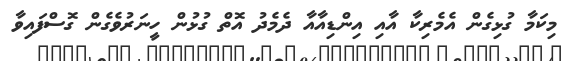
މިކަމާ ގުޅިގެން އެމެރިކާ އާއި އިންޑިއާއާ ދެމެދު އޮތް ގުޅުން ހީނަރުވެގެން ގޮސްފައިވާ